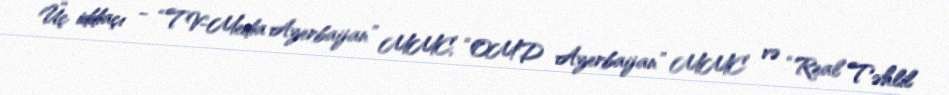
Üç iddiaçı - “TV-Media Azerbaijan” MMC, “OMD Azerbaijan” MMC və “Real Təhlil